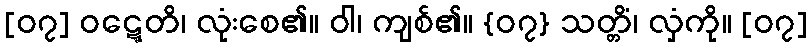
[၀၇] ဝဋ္ဋေတိ၊ လုံးစေ၏။ ဝါ၊ ကျစ်၏။ {၀၇} သတ္တိံ၊ လှံကို။ [၀၇]